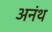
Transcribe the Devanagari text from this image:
अनंथ